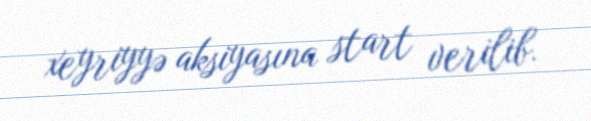
xeyriyyə aksiyasına start verilib.